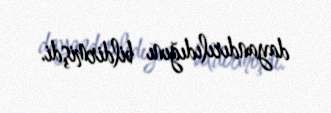
dayandırılıdığını bildirmişdi.